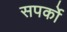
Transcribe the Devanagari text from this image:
सपर्को